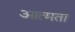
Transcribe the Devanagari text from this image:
आत्मता